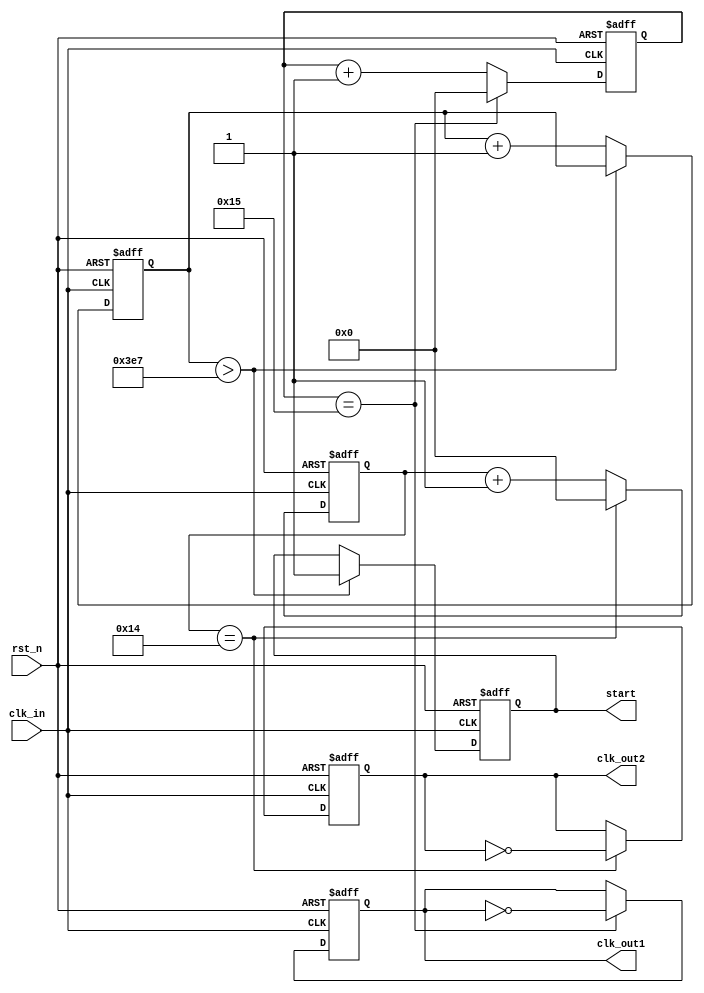
module div_freq
(
input clk_in,
input rst_n,
output reg start,
output reg clk_out1,
output reg clk_out2
);
parameter freq750k=22;
parameter freq785k=21;
parameter delay=1000;
reg [4:0]count1;
reg [4:0]count2;
reg [11:0]count3;
always @(posedge clk_in or negedge rst_n)
begin
    if(!rst_n)
	    begin
	    count1<=1'b0;
		clk_out1<=1'b0;
		end
	else
	    begin
		if(count1==freq750k-1)
		    begin
			count1<=1'b0;
			clk_out1<=~clk_out1;
			end
		else
		    count1<=count1+1'b1;
		end
end
always @(posedge clk_in or negedge rst_n)
begin
    if(!rst_n)
	    begin
	    count2<=1'b0;
		clk_out2<=1'b0;
		end
	else
	    begin
		if(count2==freq785k-1)
		    begin
			count2<=1'b0;
			clk_out2<=~clk_out2;
			end
		else
		    count2<=count2+1'b1;
		end
end
always @(posedge clk_in or negedge rst_n)
begin
    if(!rst_n)
	    begin
	    count3<=1'b0;
		start<=1'b0;
		end
	else
	    begin
		if(count3>delay-1)
			start<=1'b1;
		else
		    count3<=count3+1'b1;
		end
end
endmodule